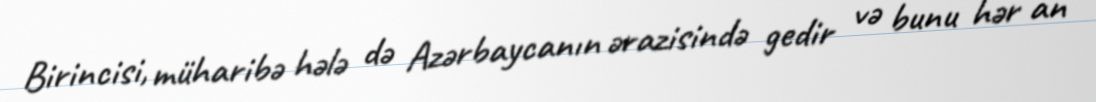
Birincisi, müharibə hələ də Azərbaycanın ərazisində gedir və bunu hər an